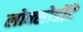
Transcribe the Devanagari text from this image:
लोक्सोडोंटे